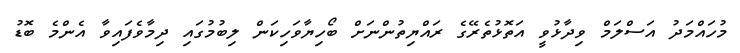
މުހައްމަދު އަސްލަމް ވިދާޅުވީ އަތޮޅުތެރޭގެ ރައްޔިތުންނަށް ބޯހިޔާވަހިކަން ލިބުމުގައި ދިމާވެފައިވާ އެންމެ ބޮޑު